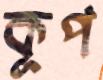
কূপ